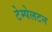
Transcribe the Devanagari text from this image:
टेम्पेलटन